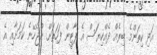
އަދި ކިތަންމެ ބިރެއް ދެއްކިޔަސް އެ ޕާޓީން ފަހަތަށް ނުޖެހޭނެ ކަމަށާއި އެ